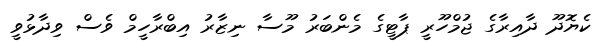
ކެޔޮދޫ ދާއިރާގެ ޖުމްހޫރީ ޕާޓީގެ މެންބަރު މޫސާ ނިޒާރު އިބްރާހީމް ވެސް ވިދާޅުވީ